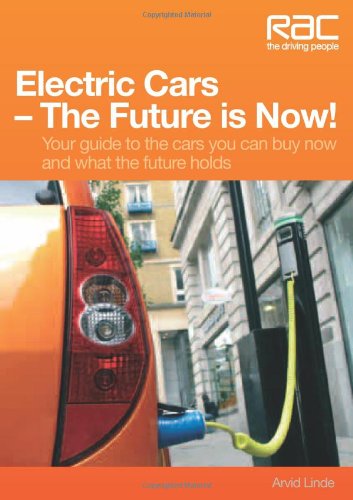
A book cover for Electric Cars The Future is Now!: Your Guide to the Cars You Can Buy Now and What the Future Holds; Arvids Linde; Engineering & Transportation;